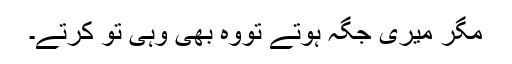
مگر میری جگہ ہوتے تووہ بھی وہی تو کرتے۔